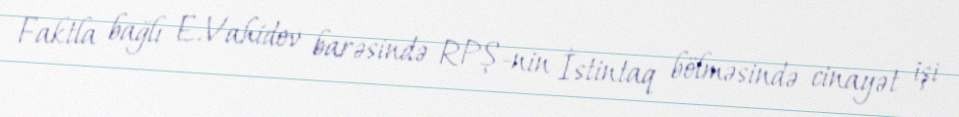
Faktla bağlı E.Vahidov barəsində RPŞ-nin İstintaq bölməsində cinayət işi